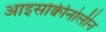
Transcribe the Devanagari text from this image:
आइसोक्वीनोलीन